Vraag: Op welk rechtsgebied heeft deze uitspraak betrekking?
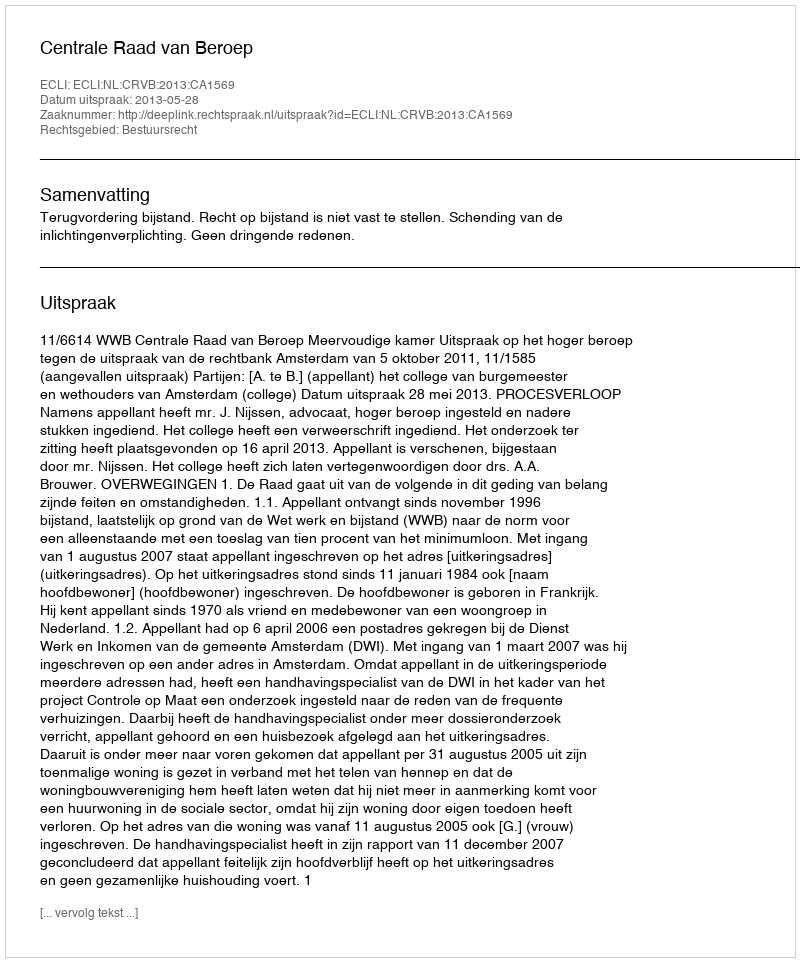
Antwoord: Bestuursrecht